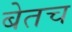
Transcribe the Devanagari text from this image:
बेतच